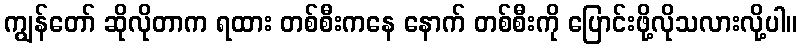
ကျွန်တော် ဆိုလိုတာက ရထား တစ်စီးကနေ နောက် တစ်စီးကို ပြောင်းဖို့လိုသလားလို့ပါ။